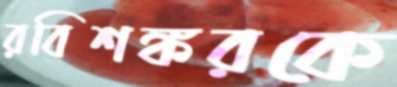
রবিশঙ্করকে